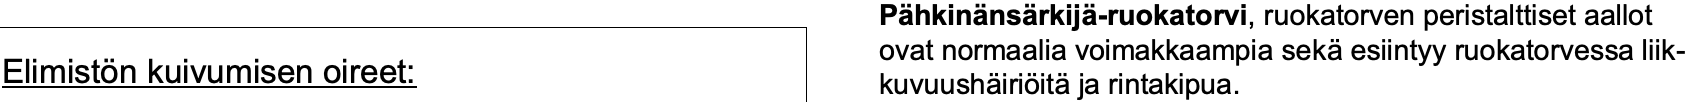
Pähkinänsärkijä-ruokatorvi, ruokatorven peristalttiset aallot ovat normaalia voimakkaampia sekäesiintyy ruokatorvessa liik- Elimistön kuivumisen oireet: kuvuushäiriöitäja rintakipua.